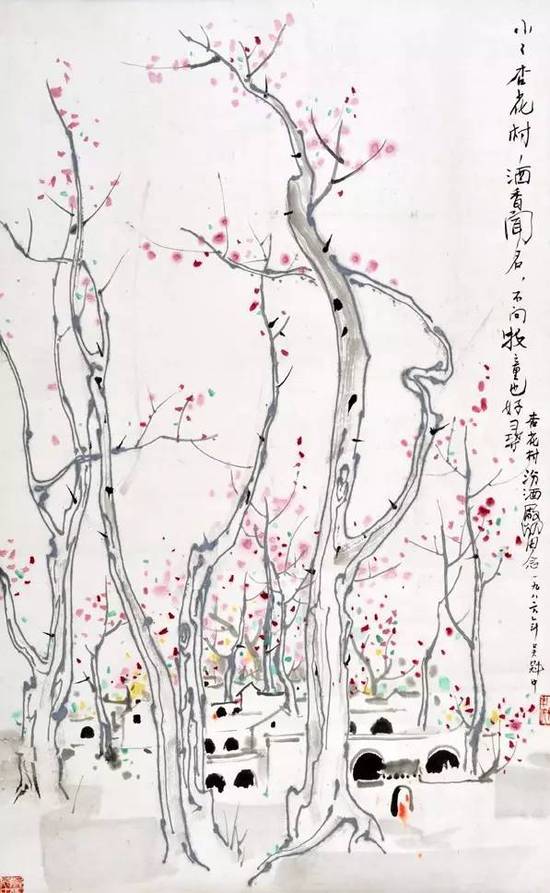
梦绕边城月，心飞故国楼。